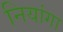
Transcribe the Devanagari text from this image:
नियांगा